Civil Veterinary Department. Madras. Admin. report 1910-25 - 1910-1925
Year: 1910
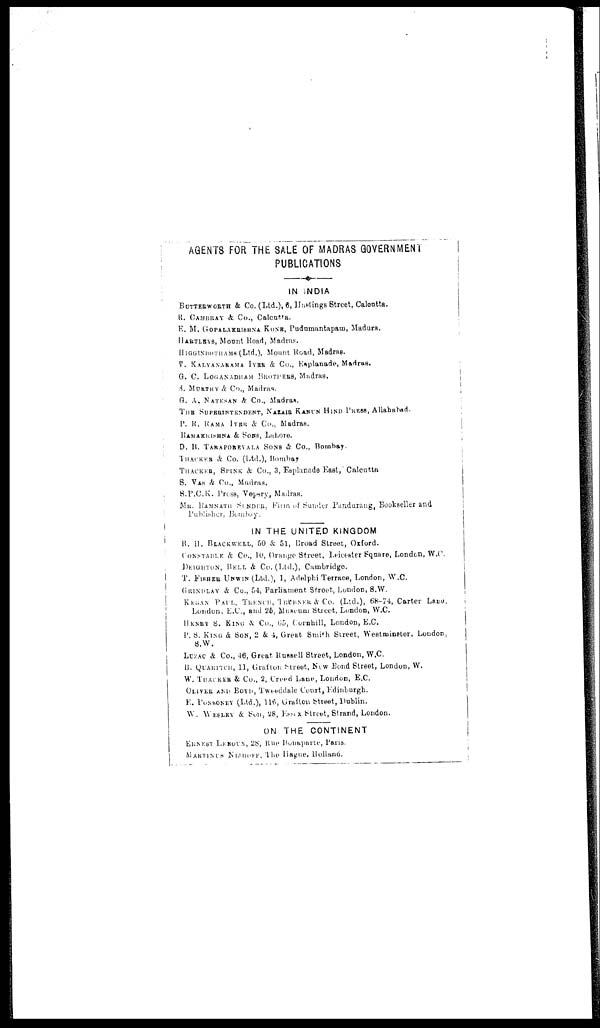
AGENTS FOR THE SALE OF MADRAS GOVERNMENT
PUBLICATIONS
IN INDIA
BUTTERWORTH & Co. (Ltd.), 6, Hastings Street, Calcutta.
R. CAMBRAY & Co., Calcutta.
E. M. GOPALAKRISHNA KONE, Pudumantapam, Madura.
HARTLEYS, Mount Road, Madras.
HIGGINROTHAMS (Ltd.), Mount Road, Madras.
V. KALYANARAMA IYER & Co., Esplanade, Madras.
G. C. LOGANADHAM BROTHERS, Madras.
S. MURTHY & Co., Madras,
G. A. NATESAN & Co., Madras.
TUB SUPERINTENDENT, NAZAIR KANUN HIND PRESS, Allahabad.
P. R. RAMA IYER & Co., Madras.
RAMAKRISHNA & SONS, Lahore.
D. B. TARAPOREVALA SONS & Co., Bombay.
THACKER & Co. (Ltd.), Bombay
THACKER, SPINK & Co., 3, Esplanade East, Calcutta
S. VAS & Co., Madras.
S.P.C.K. Press, Vepery, Madras.
MR. RAMNATH SUNDER, Firm of Sunder Pandurang, Bookseller and
Publisher, Bombay.
IN THE UNITED KINGDOM
B. H. BLACKWELL, 50 & 51, Broad Street, Oxford.
CONSTABLE & Co., 10, Orange Street, Leicester Square, London, W.C.
DEIGHTON, BELL, & Co. (Ltd.), Cambridge.
T. FISHER UNWIN (Ltd.), 1, Adelphi Terrace, London, W.C.
GRINDLAY & Co., 54, Parliament, Street, London, S. W.
KEGAN PAUL, TRENCH, TRUBNER & Co. (Ltd.), 68-74, Carter Lare,
London, E.C., and 26, Museum Street, London, W.C.
HENRY S. KING & Co., 65, Cornhill, London, B.C.
P. S. KING & SON, 2 & 4, Great Smith Street, Westminster, London,
S. W.
LUZAC & Co., 46, Great. Russell Street, London, W.C.
B. QUARITCH, 11, Grafton Street, New Bond Street, London, W.
W, THACKER & Co., 2, Creed Lane, London, E.C.
OLIVER AND BOYD, Tweeddale Court, Edinburgh.
E. PONSONEY (Ltd.), 116, Grafton Street, Dublin.
W. WESLEY & Son, 28, ESSEX Street, Strand, London.
ON THE CONTINENT
ERNEST LEROUX, 28, Rue Bonaparte, Paris.
MARTINUS NIJHOFF, The Hague. Holland.